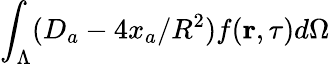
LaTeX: \int_{\Lambda}(D_{a}-4x_{a}/R^{2})f({\mathbf r},\tau)d\Omega